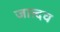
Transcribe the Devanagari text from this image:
जात्दव